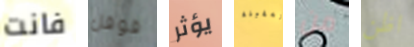
فانت قوقل يؤثر بالسفينة من اظن